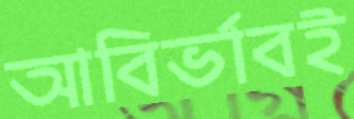
আবির্ভাবই